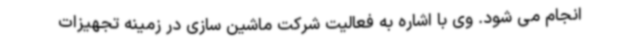
انجام می شود. وی با اشاره به فعالیت شرکت ماشین سازی در زمینه تجهیزات